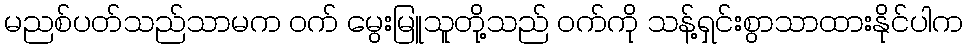
မညစ်ပတ်သည်သာမက ဝက် မွေးမြူသူတို့သည် ဝက်ကို သန့်ရှင်းစွာသာထားနိုင်ပါက